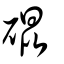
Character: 䃂